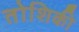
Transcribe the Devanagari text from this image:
तोशिकी